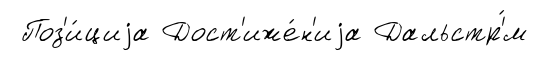
Поз'и́циjа Дост'иже́н'иjа Дальстр'́м